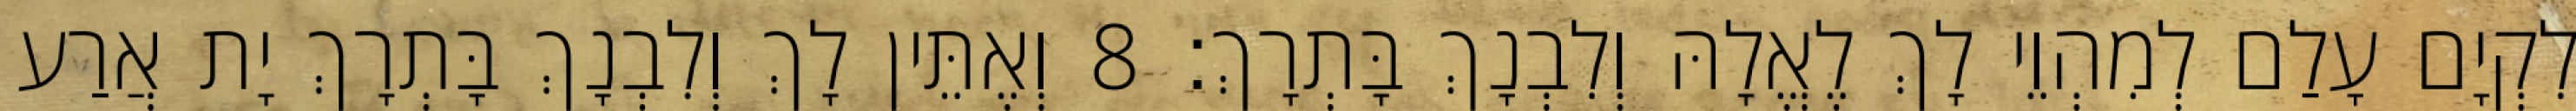
לִקְיָם עָלַם לְמִהְוֵי לָךְ לֶאֱלָהּ וְלִבְנָךְ בָּתְרָךְ׃ 8 וְאֶתֵּין לָךְ וְלִבְנָךְ בָּתְרָךְ יָת אֲרַע